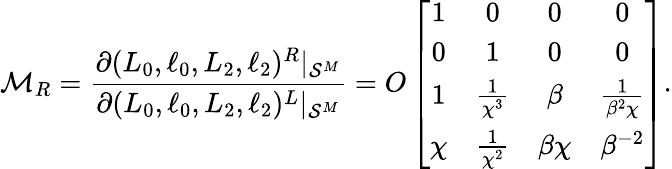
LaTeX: \mathcal{M}_{R}=\frac{\partial(L_{0},\ell_{0},L_{2},\ell_{2})^{R}|_{\mathcal{S}^{M}}}{\partial(L_{0},\ell_{0},L_{2},\ell_{2})^{L}|_{\mathcal{S}^{M}}}=O\left[\begin{array}{cccc}{1}&{0}&{0}&{0}\\ {0}&{1}&{0}&{0}\\ {1}&{\frac{1}{\chi^{3}}}&{\beta}&{\frac{1}{\beta^{2}\chi}}\\ {\chi}&{\frac{1}{\chi^{2}}}&{\beta\chi}&{\beta^{-2}}\end{array}\right].